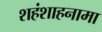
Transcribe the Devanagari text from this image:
शहंशाहनामा